Civil Veterinary Dept. North-West Frontier Province 1901-22 - 1901-1922
Year: 1901
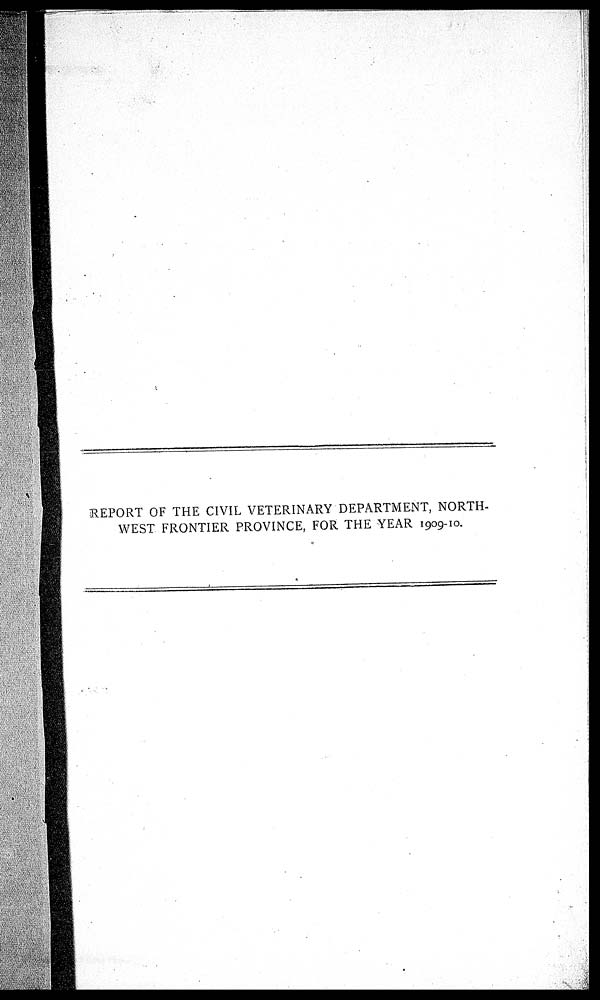
REPORT OF THE CIVIL VETERINARY DEPARTMENT, NORTH-
WEST FRONTIER PROVINCE, FOR THE YEAR 1909-10.